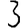
Digit: 3